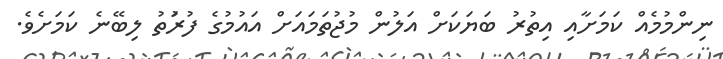
ނިންމުމެއް ކަމަށާއި އިތުރު ބަޔަކަށް އަލުން މުޖުތަަމައަށް އައުމުގެ ފުރުަތު ލިބޭނެ ކަމަށެވެ.